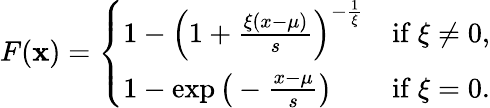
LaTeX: F(\mathbf{x})={\left\{ \begin{array}{ll}{1-{\Big(}1+{\frac{\xi(x-\mu)}{s}}{\Big)}^{-{\frac{1}{\xi}}}}&{{\mathrm{if~}}\xi\neq 0,}\\ {1-\exp{\bigl(}-{\frac{x-\mu}{s}}{\bigr)}}&{{\mathrm{if~}}\xi=0.}\end{array}\right.}